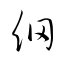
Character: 網